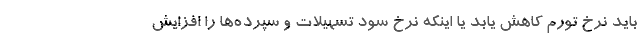
باید نرخ تورم کاهش یابد یا اینکه نرخ سود تسهیلات و سپرده‌ها را افزایش